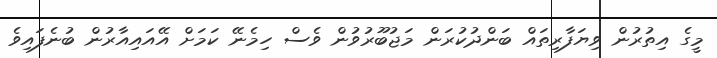
މީގެ އިތުރުން ވިޔަފާރިތައް ބަންދުކުރަން މަޖުބޫރުވުން ވެސް ހިމެނޭ ކަމަށް އޭއައިއާރުން ބުނެފައިވެ